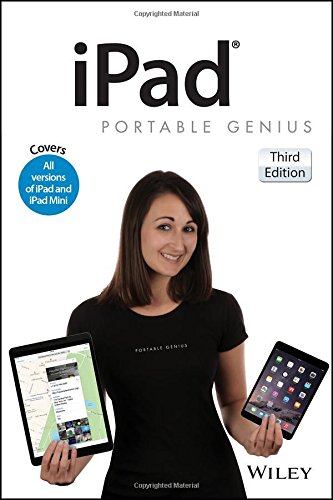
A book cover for iPad Portable Genius: Covers iOS 8 and all models of iPad, iPad Air, and iPad mini; Paul McFedries; Computers & Technology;